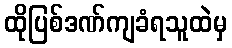
ထိုပြစ်ဒဏ်ကျခံရသူထဲမှ